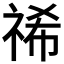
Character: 𮁻